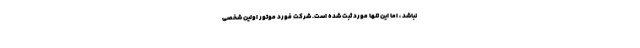
نباشد ، اما این تنها مورد ثبت شده است. شرکت فورد موتور اولین شخصی